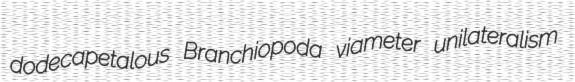
dodecapetalous Branchiopoda viameter unilateralism